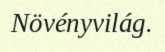
Növényvilág.